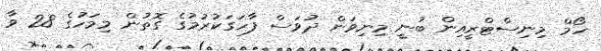
ހޯމް މިނިސްޓްރީއިން ބުނީ މިނިވަން ދުވަސް ފާހަގަކުރުމުގެ ގޮތުން މިމަހުގެ 28 ވާ